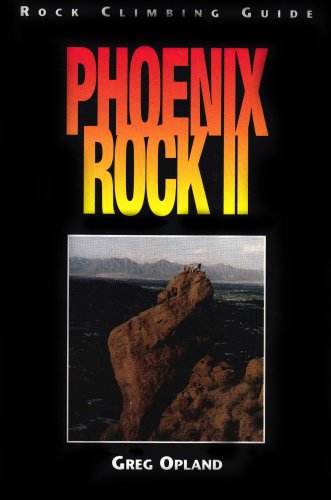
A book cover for Phoenix Rock II: Rock Climbing Guide to Central Arizona Granite; Greg Opland; Travel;